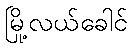
မြို့လယ်ခေါင်